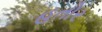
હતોર